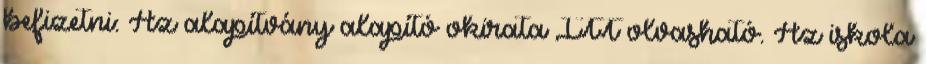
befizetni: Az alapítvány alapító okirata ITT olvasható. Az iskola